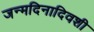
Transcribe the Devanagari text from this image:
जन्मदिनादिवशी